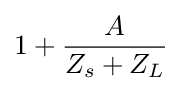
1+{\frac {A}{Z_{s}+Z_{L}}}